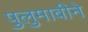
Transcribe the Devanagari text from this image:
पुलुमावीने